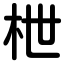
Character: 枻